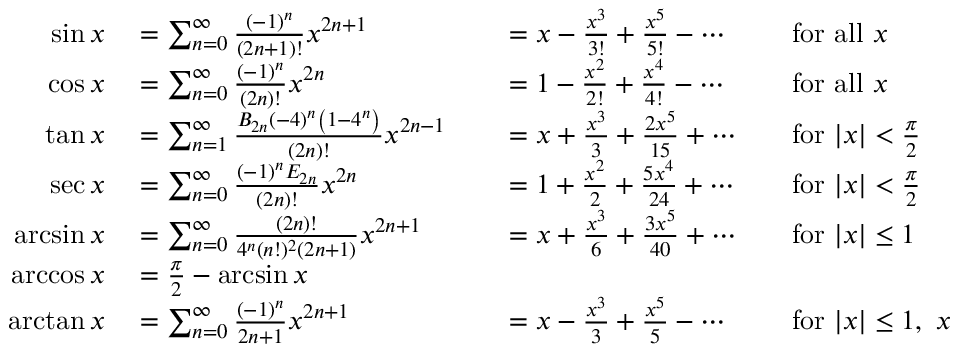
\begin{array} { r l r l r l } { \sin x } & { { } = \sum _ { n = 0 } ^ { \infty } { \frac { ( - 1 ) ^ { n } } { ( 2 n + 1 ) ! } } x ^ { 2 n + 1 } } & { } & { { } = x - { \frac { x ^ { 3 } } { 3 ! } } + { \frac { x ^ { 5 } } { 5 ! } } - \cdots } & { } & { { } { \mathrm { f o r ~ a l l ~ } } x } \\ { \cos x } & { { } = \sum _ { n = 0 } ^ { \infty } { \frac { ( - 1 ) ^ { n } } { ( 2 n ) ! } } x ^ { 2 n } } & { } & { { } = 1 - { \frac { x ^ { 2 } } { 2 ! } } + { \frac { x ^ { 4 } } { 4 ! } } - \cdots } & { } & { { } { \mathrm { f o r ~ a l l ~ } } x } \\ { \tan x } & { { } = \sum _ { n = 1 } ^ { \infty } { \frac { B _ { 2 n } ( - 4 ) ^ { n } \left( 1 - 4 ^ { n } \right) } { ( 2 n ) ! } } x ^ { 2 n - 1 } } & { } & { { } = x + { \frac { x ^ { 3 } } { 3 } } + { \frac { 2 x ^ { 5 } } { 1 5 } } + \cdots } & { } & { { } { \mathrm { f o r ~ } } | x | < { \frac { \pi } { 2 } } } \\ { \sec x } & { { } = \sum _ { n = 0 } ^ { \infty } { \frac { ( - 1 ) ^ { n } E _ { 2 n } } { ( 2 n ) ! } } x ^ { 2 n } } & { } & { { } = 1 + { \frac { x ^ { 2 } } { 2 } } + { \frac { 5 x ^ { 4 } } { 2 4 } } + \cdots } & { } & { { } { \mathrm { f o r ~ } } | x | < { \frac { \pi } { 2 } } } \\ { \arcsin x } & { { } = \sum _ { n = 0 } ^ { \infty } { \frac { ( 2 n ) ! } { 4 ^ { n } ( n ! ) ^ { 2 } ( 2 n + 1 ) } } x ^ { 2 n + 1 } } & { } & { { } = x + { \frac { x ^ { 3 } } { 6 } } + { \frac { 3 x ^ { 5 } } { 4 0 } } + \cdots } & { } & { { } { \mathrm { f o r ~ } } | x | \leq 1 } \\ { \operatorname { a r c c o s } x } & { { } = { \frac { \pi } { 2 } } - \arcsin x } \\ { \arctan x } & { { } = \sum _ { n = 0 } ^ { \infty } { \frac { ( - 1 ) ^ { n } } { 2 n + 1 } } x ^ { 2 n + 1 } } & { } & { { } = x - { \frac { x ^ { 3 } } { 3 } } + { \frac { x ^ { 5 } } { 5 } } - \cdots } & { } & { { } { \mathrm { f o r ~ } } | x | \leq 1 , \ x \neq \pm i } \end{array}